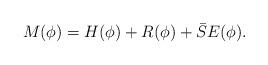
LaTeX: \begin{align*} M(\phi)=H(\phi) +R(\phi)+\bar S E(\phi). \end{align*}